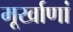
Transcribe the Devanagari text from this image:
मूर्खाणां